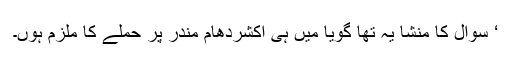
‘ سوال کا منشا یہ تھا گویا مَیں ہی اکشردھام مندر پر حملے کا ملزم ہوں۔